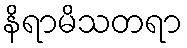
နိရာမိသတရာ